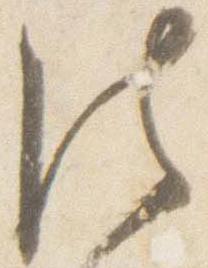
法